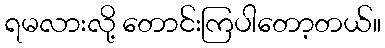
ရမလားလို့ တောင်းကြပါတော့တယ်။